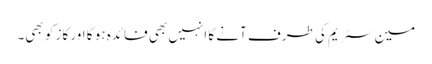
مین سٹریم کی طرف آنے کا انہیں بھی فائدہ ہو گا اور کاز کو بھی۔